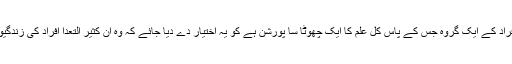
لہذا یہ تصور بھی احمقانہ ہی ہو گا کہ کسی فرد یا قلیل التعداد افراد کے ایک گروہ جس کے پاس کل علم کا ایک چھوٹا سا پورشن ہے کو یہ اختیار دے دیا جائے کہ وہ ان کثیر التعدا افراد کی زندگیوں کے فیصلے کرے جو زائد علم کے مجموعہ کے حامل ہیں ۔